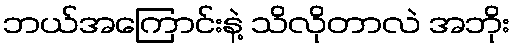
ဘယ်အကြောင်းနဲ့ သိလိုတာလဲ အဘိုး